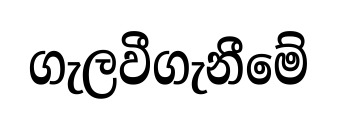
ගැලවීගැනීමේ